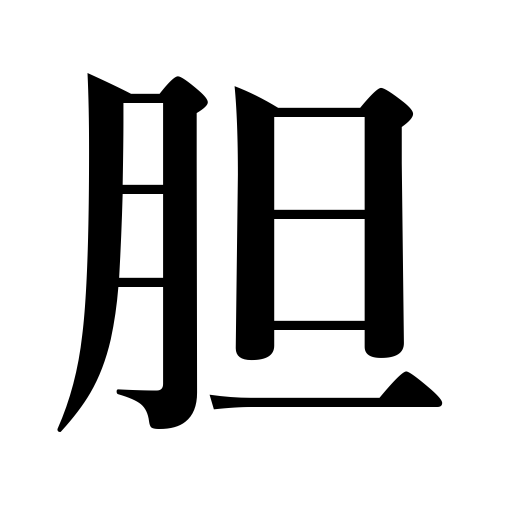
Meanings: courage,gall bladder